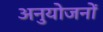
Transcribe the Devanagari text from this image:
अनुयोजनों